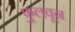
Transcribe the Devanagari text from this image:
फुलवून